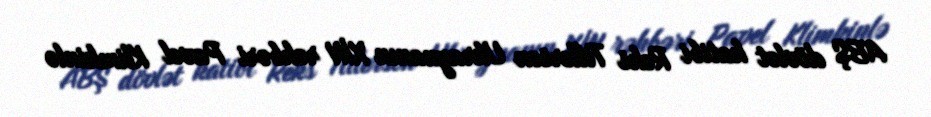
ABŞ dövlət katibi Reks Tillerson Ukraynanın XİN rəhbəri Pavel Klimkinlə